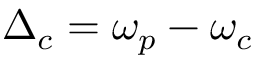
\Delta _ { c } = \omega _ { p } - \omega _ { c }